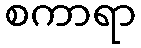
စကာရာ